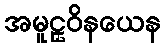
အမူဠှဝိနယေန